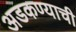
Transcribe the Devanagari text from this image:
अडकण्याची